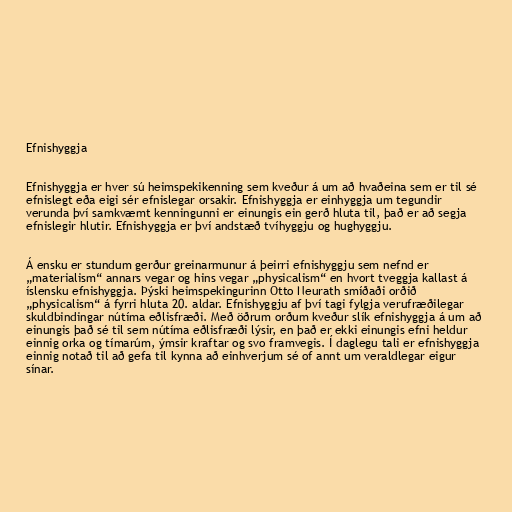
Efnishyggja

Efnishyggja er hver sú heimspekikenning sem kveður á um að hvaðeina sem er til sé
efnislegt eða eigi sér efnislegar orsakir. Efnishyggja er einhyggja um tegundir
verunda því samkvæmt kenningunni er einungis ein gerð hluta til, það er að segja
efnislegir hlutir. Efnishyggja er því andstæð tvíhyggju og hughyggju.

Á ensku er stundum gerður greinarmunur á þeirri efnishyggju sem nefnd er
„materialism“ annars vegar og hins vegar „physicalism“ en hvort tveggja kallast á
íslensku efnishyggja. Þýski heimspekingurinn Otto Neurath smíðaði orðið
„physicalism“ á fyrri hluta 20. aldar. Efnishyggju af því tagi fylgja verufræðilegar
skuldbindingar nútíma eðlisfræði. Með öðrum orðum kveður slík efnishyggja á um að
einungis það sé til sem nútíma eðlisfræði lýsir, en það er ekki einungis efni heldur
einnig orka og tímarúm, ýmsir kraftar og svo framvegis. Í daglegu tali er efnishyggja
einnig notað til að gefa til kynna að einhverjum sé of annt um veraldlegar eigur
sínar.